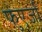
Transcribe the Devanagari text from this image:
फुएर्ज़ा